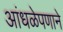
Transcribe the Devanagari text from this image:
आंधळेपणाने